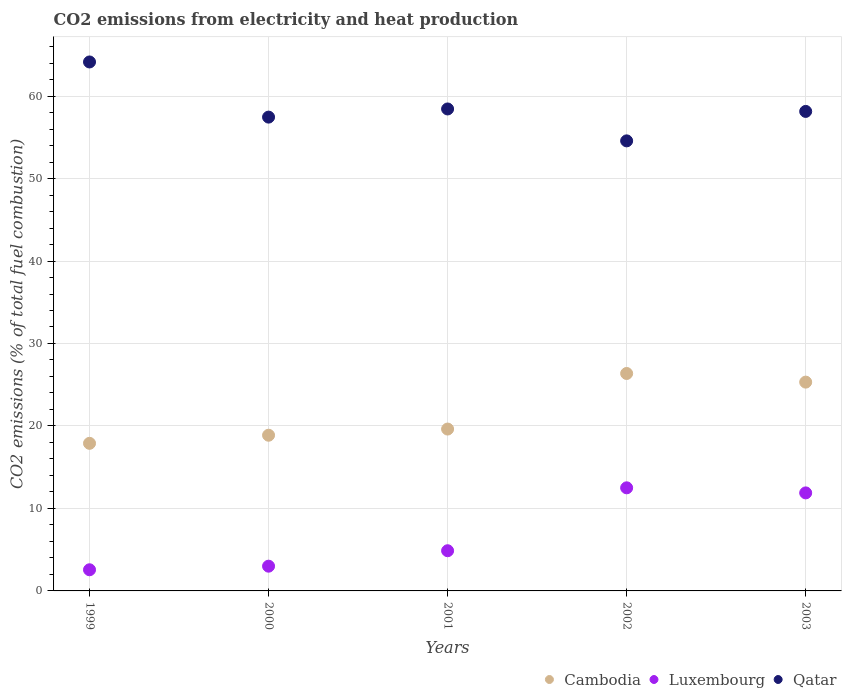
| Years | Cambodia | Luxembourg | Qatar |
 | --- | --- | --- | --- |
 | 1999 | 17.9 | 2.56 | 64.1 |
 | 2000 | 18.9 | 3 | 57.4 |
 | 2001 | 19.6 | 4.87 | 58.4 |
 | 2002 | 26.4 | 12.5 | 54.6 |
 | 2003 | 25.3 | 11.9 | 58.1 |